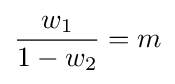
{\frac {w_{1}}{1-w_{2}}}=m